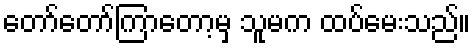
တော်တော်ကြာတော့မှ သူမက ထပ်မေးသည်။